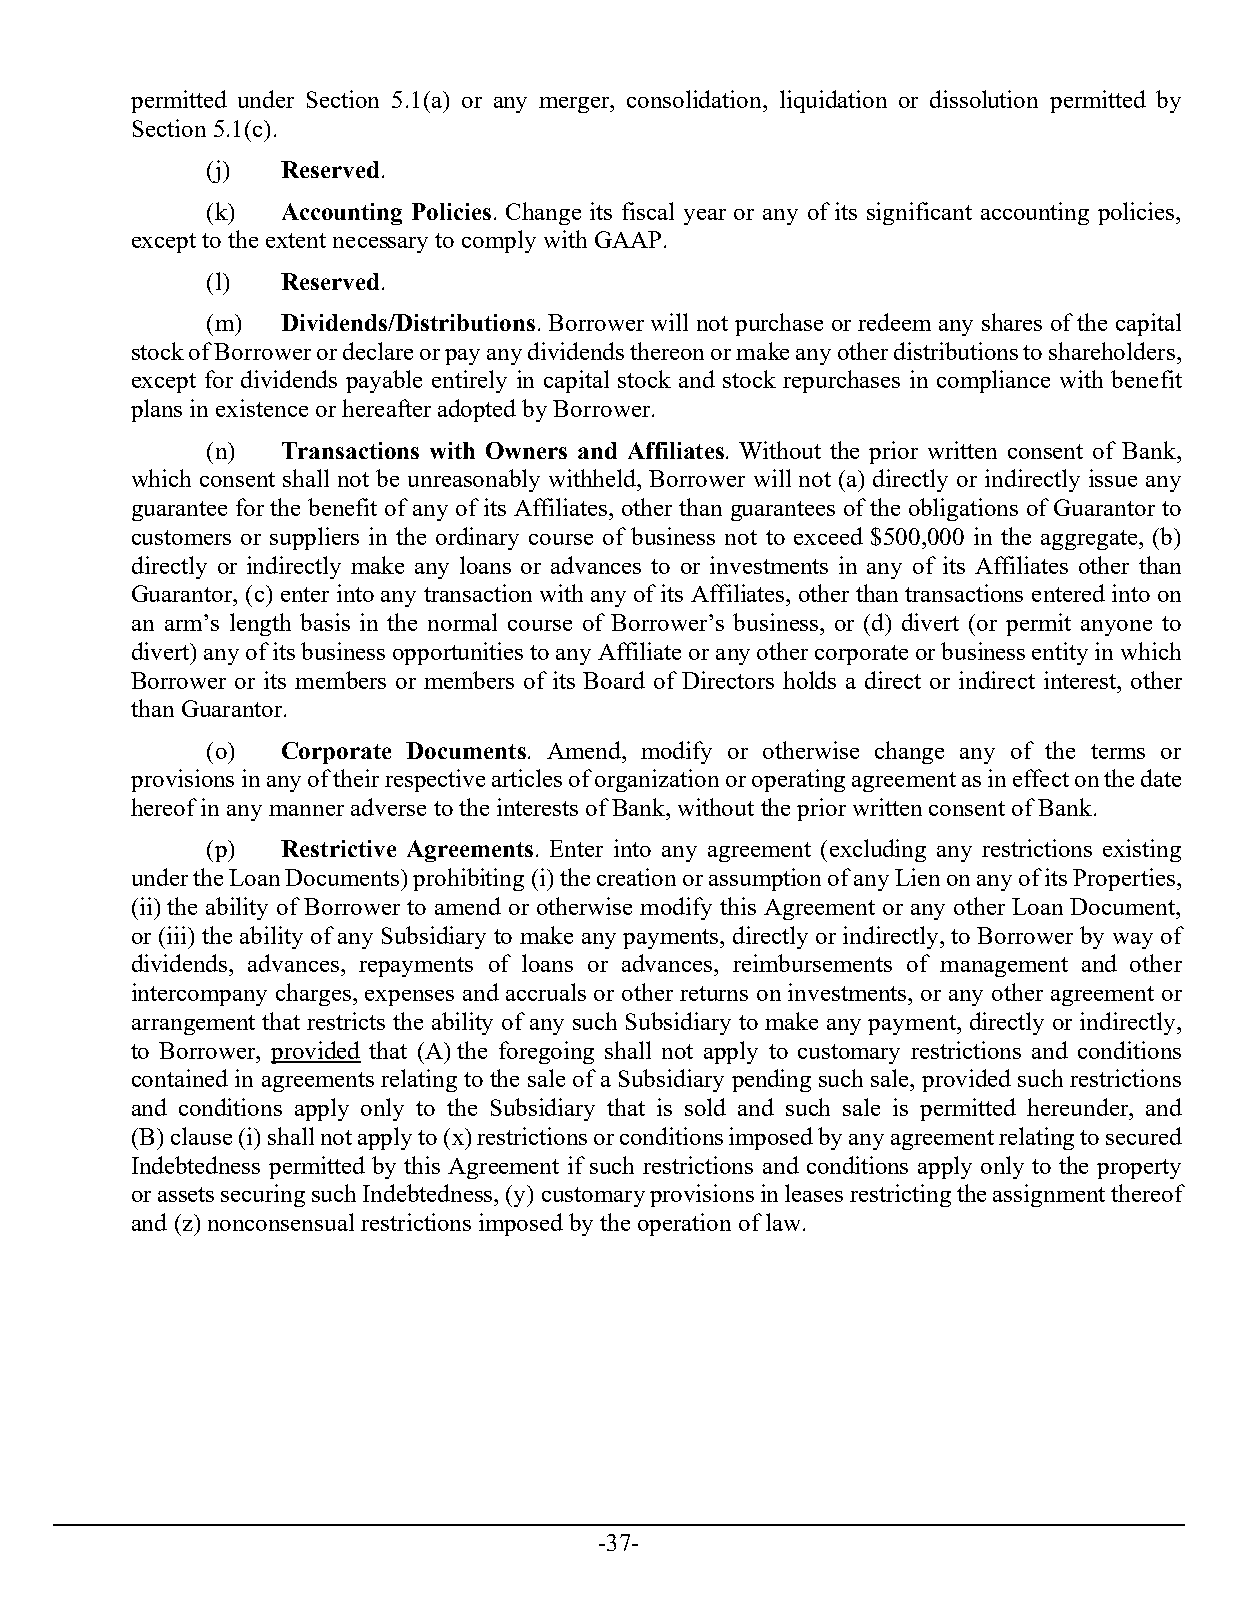
permitted under Section 5.1(a) or any merger, consolidation, liquidation or dissolution permitted by
 Section 5.1(c).
 (j)  Reserved.
 (k)  Accounting Policies. Change its fiscal year or any of its significant accounting policies,
 except to the extent necessary to comply with GAAP.
 (l)  Reserved.
 (m)  Dividends/Distributions. Borrower will not purchase or redeem any shares of the capital
 stock of Borrower or declare or pay any dividends thereon or make any other distributions to shareholders,
 except for dividends payable entirely in capital stock and stock repurchases in compliance with benefit
 plans in existence or hereafter adopted by Borrower.
 (n)  Transactions with Owners and Affiliates. Without the prior written consent of Bank,
 which consent shall not be unreasonably withheld, Borrower will not (a) directly or indirectly issue any
 guarantee for the benefit of any of its Affiliates, other than guarantees of the obligations of Guarantor to
 customers or suppliers in the ordinary course of business not to exceed $500,000 in the aggregate, (b)
 directly or indirectly make any loans or advances to or investments in any of its Affiliates other than
 Guarantor, (c) enter into any transaction with any of its Affiliates, other than transactions entered into on
 an arm’s length basis in the normal course of Borrower’s business, or (d) divert (or permit anyone to
 divert) any of its business opportunities to any Affiliate or any other corporate or business entity in which
 Borrower or its members or members of its Board of Directors holds a direct or indirect interest, other
 than Guarantor.
 (o)  Corporate Documents. Amend, modify or otherwise change any of the terms or
 provisions in any of their respective articles of organization or operating agreement as in effect on the date
 hereof in any manner adverse to the interests of Bank, without the prior written consent of Bank.
 (p)  Restrictive Agreements. Enter into any agreement (excluding any restrictions existing
 under the Loan Documents) prohibiting (i) the creation or assumption of any Lien on any of its Properties,
 (ii) the ability of Borrower to amend or otherwise modify this Agreement or any other Loan Document,
 or (iii) the ability of any Subsidiary to make any payments, directly or indirectly, to Borrower by way of
 dividends, advances, repayments of loans or advances, reimbursements of management and other
 intercompany charges, expenses and accruals or other returns on investments, or any other agreement or
 arrangement that restricts the ability of any such Subsidiary to make any payment, directly or indirectly,
 to Borrower, provided that (A) the foregoing shall not apply to customary restrictions and conditions
 contained in agreements relating to the sale of a Subsidiary pending such sale, provided such restrictions
 and conditions apply only to the Subsidiary that is sold and such sale is permitted hereunder, and
 (B) clause (i) shall not apply to (x) restrictions or conditions imposed by any agreement relating to secured
 Indebtedness permitted by this Agreement if such restrictions and conditions apply only to the property
 or assets securing such Indebtedness, (y) customary provisions in leases restricting the assignment thereof
 and (z) nonconsensual restrictions imposed by the operation of law.
 -37-